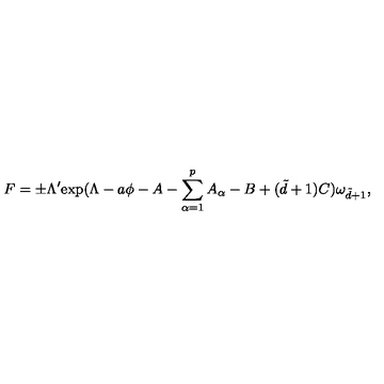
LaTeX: F = \pm \Lambda ^ { \prime } \mathrm { e x p } ( \Lambda - a \phi - A - \sum _ { \alpha = 1 } ^ { p } A _ { \alpha } - B + ( \tilde { d } + 1 ) C ) \omega _ { \tilde { d } + 1 } ,